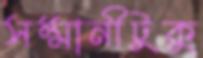
সম্মানীটুকু